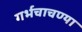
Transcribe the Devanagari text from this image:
गर्भचाचण्या